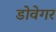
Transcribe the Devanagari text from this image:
डोवेगर